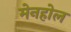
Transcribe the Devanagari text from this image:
मेनहोल